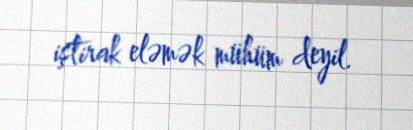
iştirak eləmək mühüm deyil.